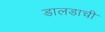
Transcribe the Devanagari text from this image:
डालडाची